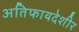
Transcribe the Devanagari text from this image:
अतिफायदेशीर